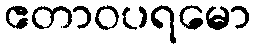
ဧတာဝပရမော